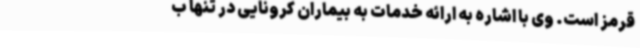
قرمز است. وی با اشاره به ارائه خدمات به بیماران کرونایی در تنها ب